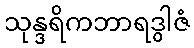
သုန္ဒရိကဘာရဒွါဇံ